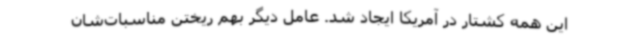
این همه کشتار در آمریکا ایجاد شد. عامل دیگر بهم ریختن مناسبات‌شان